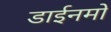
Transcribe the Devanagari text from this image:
डाईनमो